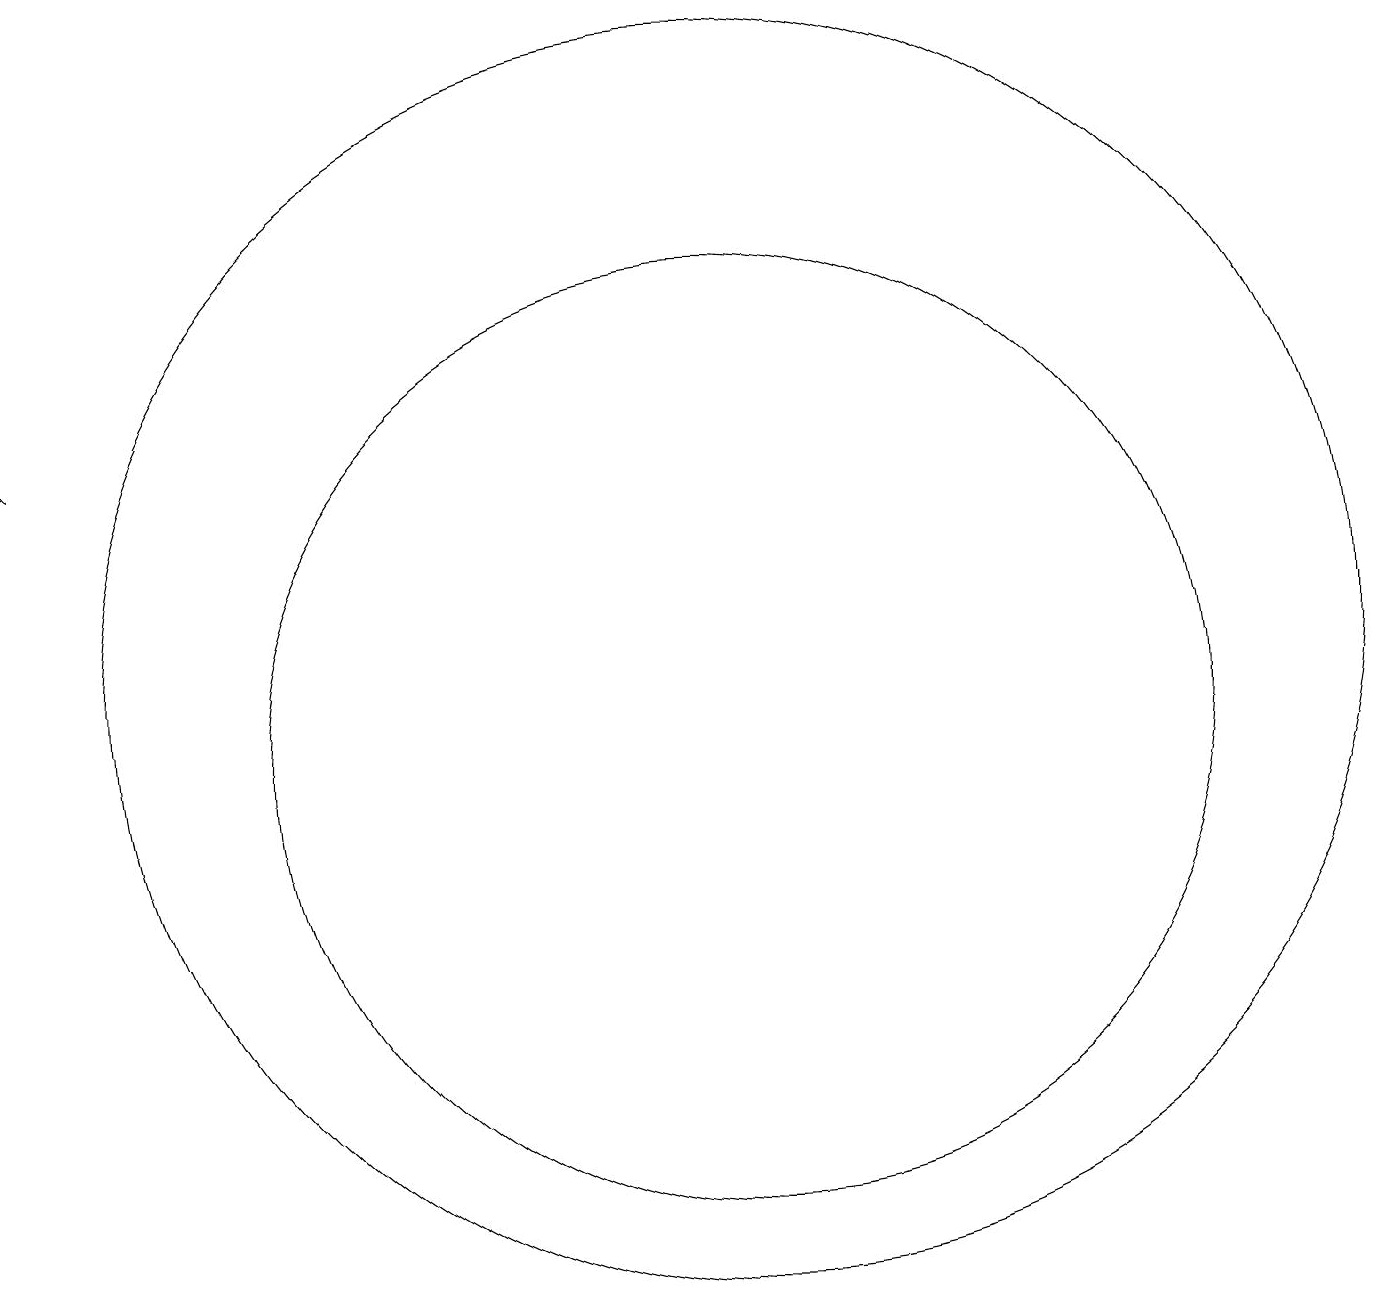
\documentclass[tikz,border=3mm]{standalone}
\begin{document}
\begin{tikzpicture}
\draw (10,10) circle (6);
\draw (10,11) circle (8);
\draw (11,10) circle (0);
\draw[->] (1,14) -- (1,14);
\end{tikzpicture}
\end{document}